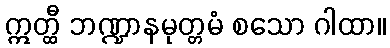
ဣတ္ထီ ဘဏ္ဍာနမုတ္တမံ စသော ဂါထာ။